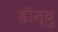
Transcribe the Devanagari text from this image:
हीन्दु